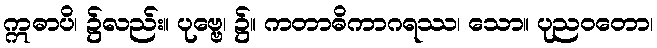
ဣဓာပိ၊ ၌လည်း။ ပုဗ္ဗေ၊ ၌။ ကတာဓိကာဂရဿ၊ သော။ ပုညဝတော၊